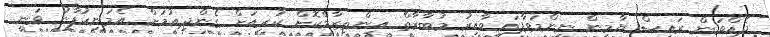
ދެއްވަން ރައީސް ޔާމީން ނިންމަވާފައިވާއިރު މުބާރާތް އިންތިޒާމްކޮށް ކުރިއަށް ގެންދިއުމަށް އެމަނިކުފާނު ވަނީ